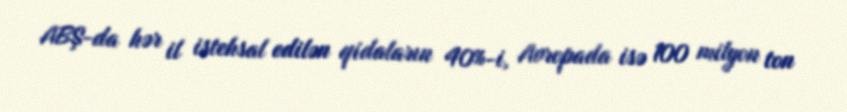
ABŞ-da hər il istehsal edilən qidaların 40%-i, Avropada isə 100 milyon ton